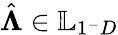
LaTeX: \hat{\boldsymbol{\Lambda}}\in\mathbb{L}_{1^{-}D}